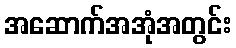
အဆောက်အအုံအတွင်း